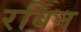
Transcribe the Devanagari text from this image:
रबिन